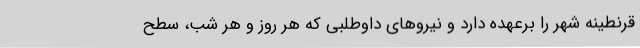
قرنطینه شهر را برعهده دارد و نیروهای داوطلبی که هر روز و هر شب، سطح